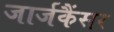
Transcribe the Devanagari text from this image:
जार्जकैंसर